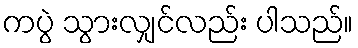
ကပွဲ သွားလျှင်လည်း ပါသည်။